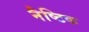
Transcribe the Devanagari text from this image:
नैष्टिक